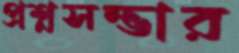
প্রশ্নসম্ভার